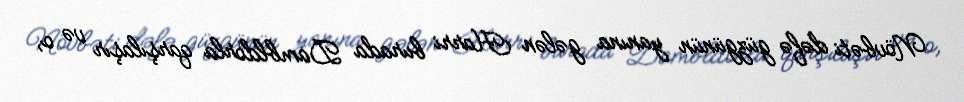
Növbəti dəfə güzgünün yanına gələn Harri burada Dambldorla qarşılaşır və o,